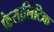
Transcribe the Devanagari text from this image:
फैयालिटिक